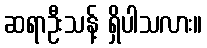
ဆရာဦးသန့် ရှိပါသလား။